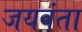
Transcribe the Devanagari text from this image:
जयवंता